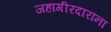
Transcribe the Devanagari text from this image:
जहागीरदारांना